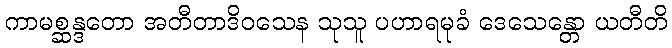
ကာမစ္ဆန္ဒတော အတီတာဒိဝသေန သုသူ ပဟာရမုခံ ဒေသေန္တော ယတီတိ